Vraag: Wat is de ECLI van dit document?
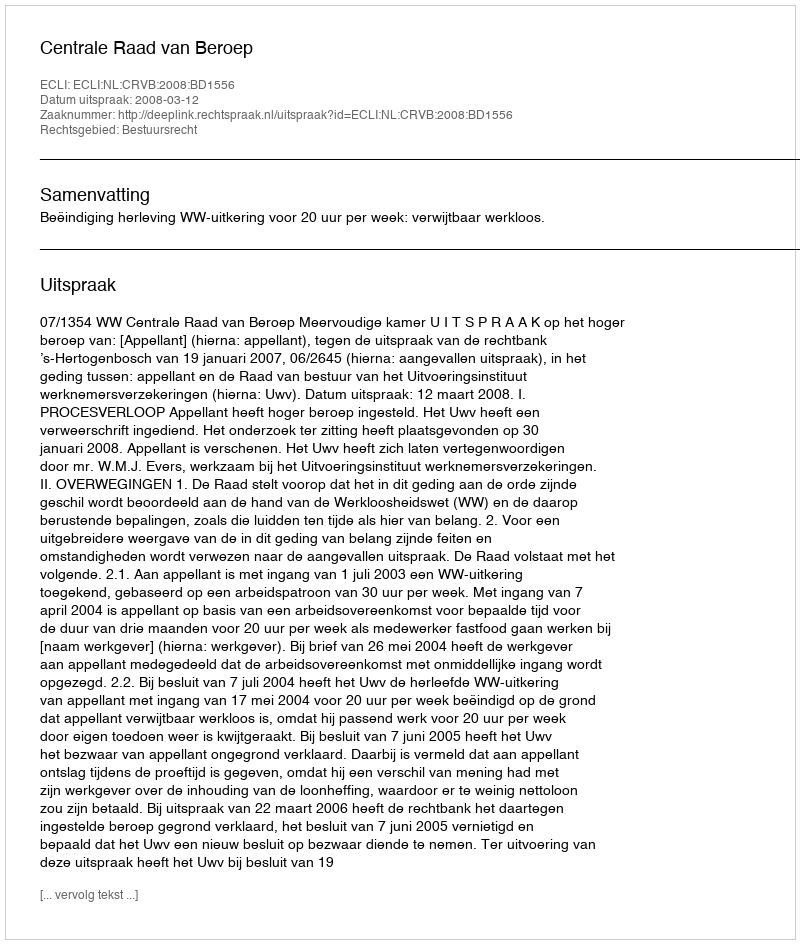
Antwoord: ECLI:NL:CRVB:2008:BD1556